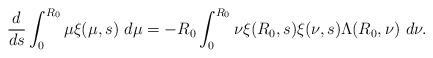
LaTeX: \begin{align*}\frac{d}{ds}\int_{0}^{R_{0}}\mu\xi(\mu,s)\ d\mu=-R_{0}\int_{0}^{R_{0}}\nu\xi(R_{0},s)\xi(\nu,s)\Lambda(R_{0}, \nu)\ d\nu.\end{align*}